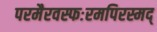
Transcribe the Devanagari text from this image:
परमैरवस्फःरमपिरस्मद्